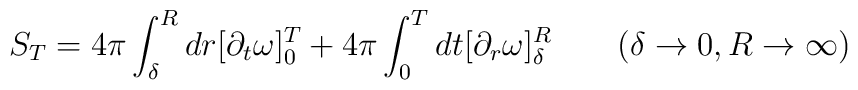
S_T = 4\pi \int_{\delta}^R dr[\partial_t \omega ]_0^T + 4\pi \int_0^Tdt[\partial_r \omega ]_{\delta}^R  \qquad (\delta \rightarrow 0, R\rightarrow \infty )